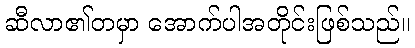
ဆီလာ၏တမှာ အောက်ပါအတိုင်းဖြစ်သည်။